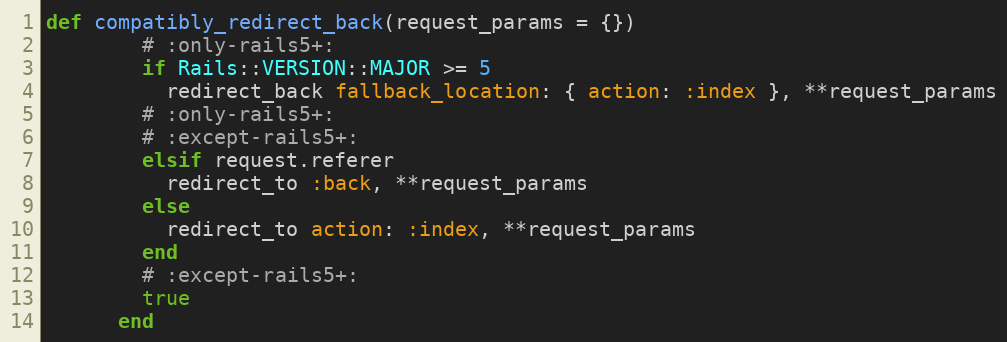
Language: Ruby
def compatibly_redirect_back(request_params = {})
        # :only-rails5+:
        if Rails::VERSION::MAJOR >= 5
          redirect_back fallback_location: { action: :index }, **request_params
        # :only-rails5+:
        # :except-rails5+:
        elsif request.referer
          redirect_to :back, **request_params
        else
          redirect_to action: :index, **request_params
        end
        # :except-rails5+:
        true
      end